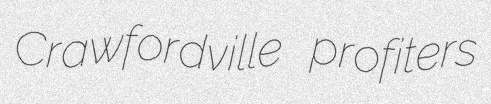
Crawfordville profiters